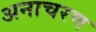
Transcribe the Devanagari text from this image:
अनाचरण